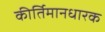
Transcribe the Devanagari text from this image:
कीर्तिमानधारक